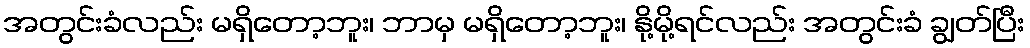
အတွင်းခံလည်း မရှိတော့ဘူး၊ ဘာမှ မရှိတော့ဘူး၊ နို့မို့ရင်လည်း အတွင်းခံ ချွတ်ပြီး